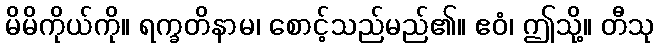
မိမိကိုယ်ကို။ ရက္ခတိနာမ၊ စောင့်သည်မည်၏။ ဧဝံ၊ ဤသို့။ တီသု